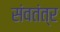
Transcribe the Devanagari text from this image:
संवतंत्र